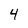
Character: 4